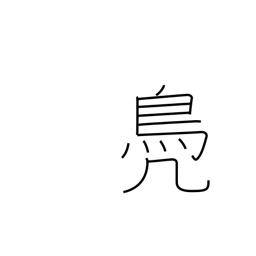
Meaning: suffix